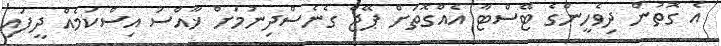
އެ ގޮތުން ދިވެހީންގެ ޓޭސްޓާ އެއްގޮތަށް ޕޭޖް ގެނެސްދިނުމަށް ޚާއްސަ އިސްކަމެއް ދީފައި